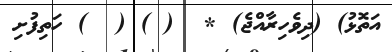
އަތޮޅު) (ދިވެހިރާއްޖެ) *  ( ) (  ) ހަތިފުށި